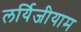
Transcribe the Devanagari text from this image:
लर्यिजीयाम